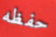
حفظه